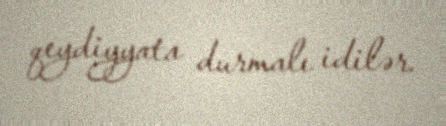
qeydiyyata durmalı idilər.